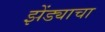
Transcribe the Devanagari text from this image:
झेंड्याचा